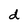
Character: d